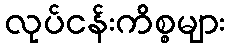
လုပ်ငန်းကိစ္စများ